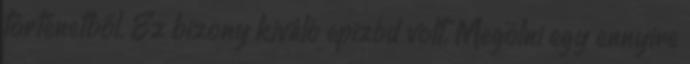
történetből. Ez bizony kiváló epizód volt. Megölni egy ennyire